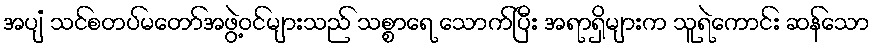
အပျံ သင်စတပ်မတော်အဖွဲ့ဝင်များသည် သစ္စာရေ သောက်ပြီး အရာရှိများက သူရဲကောင်း ဆန်သော